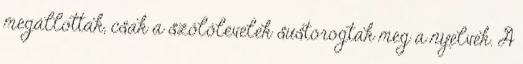
megállottak, csak a szőlőlevelek sustorogtak meg a nyelvek. A